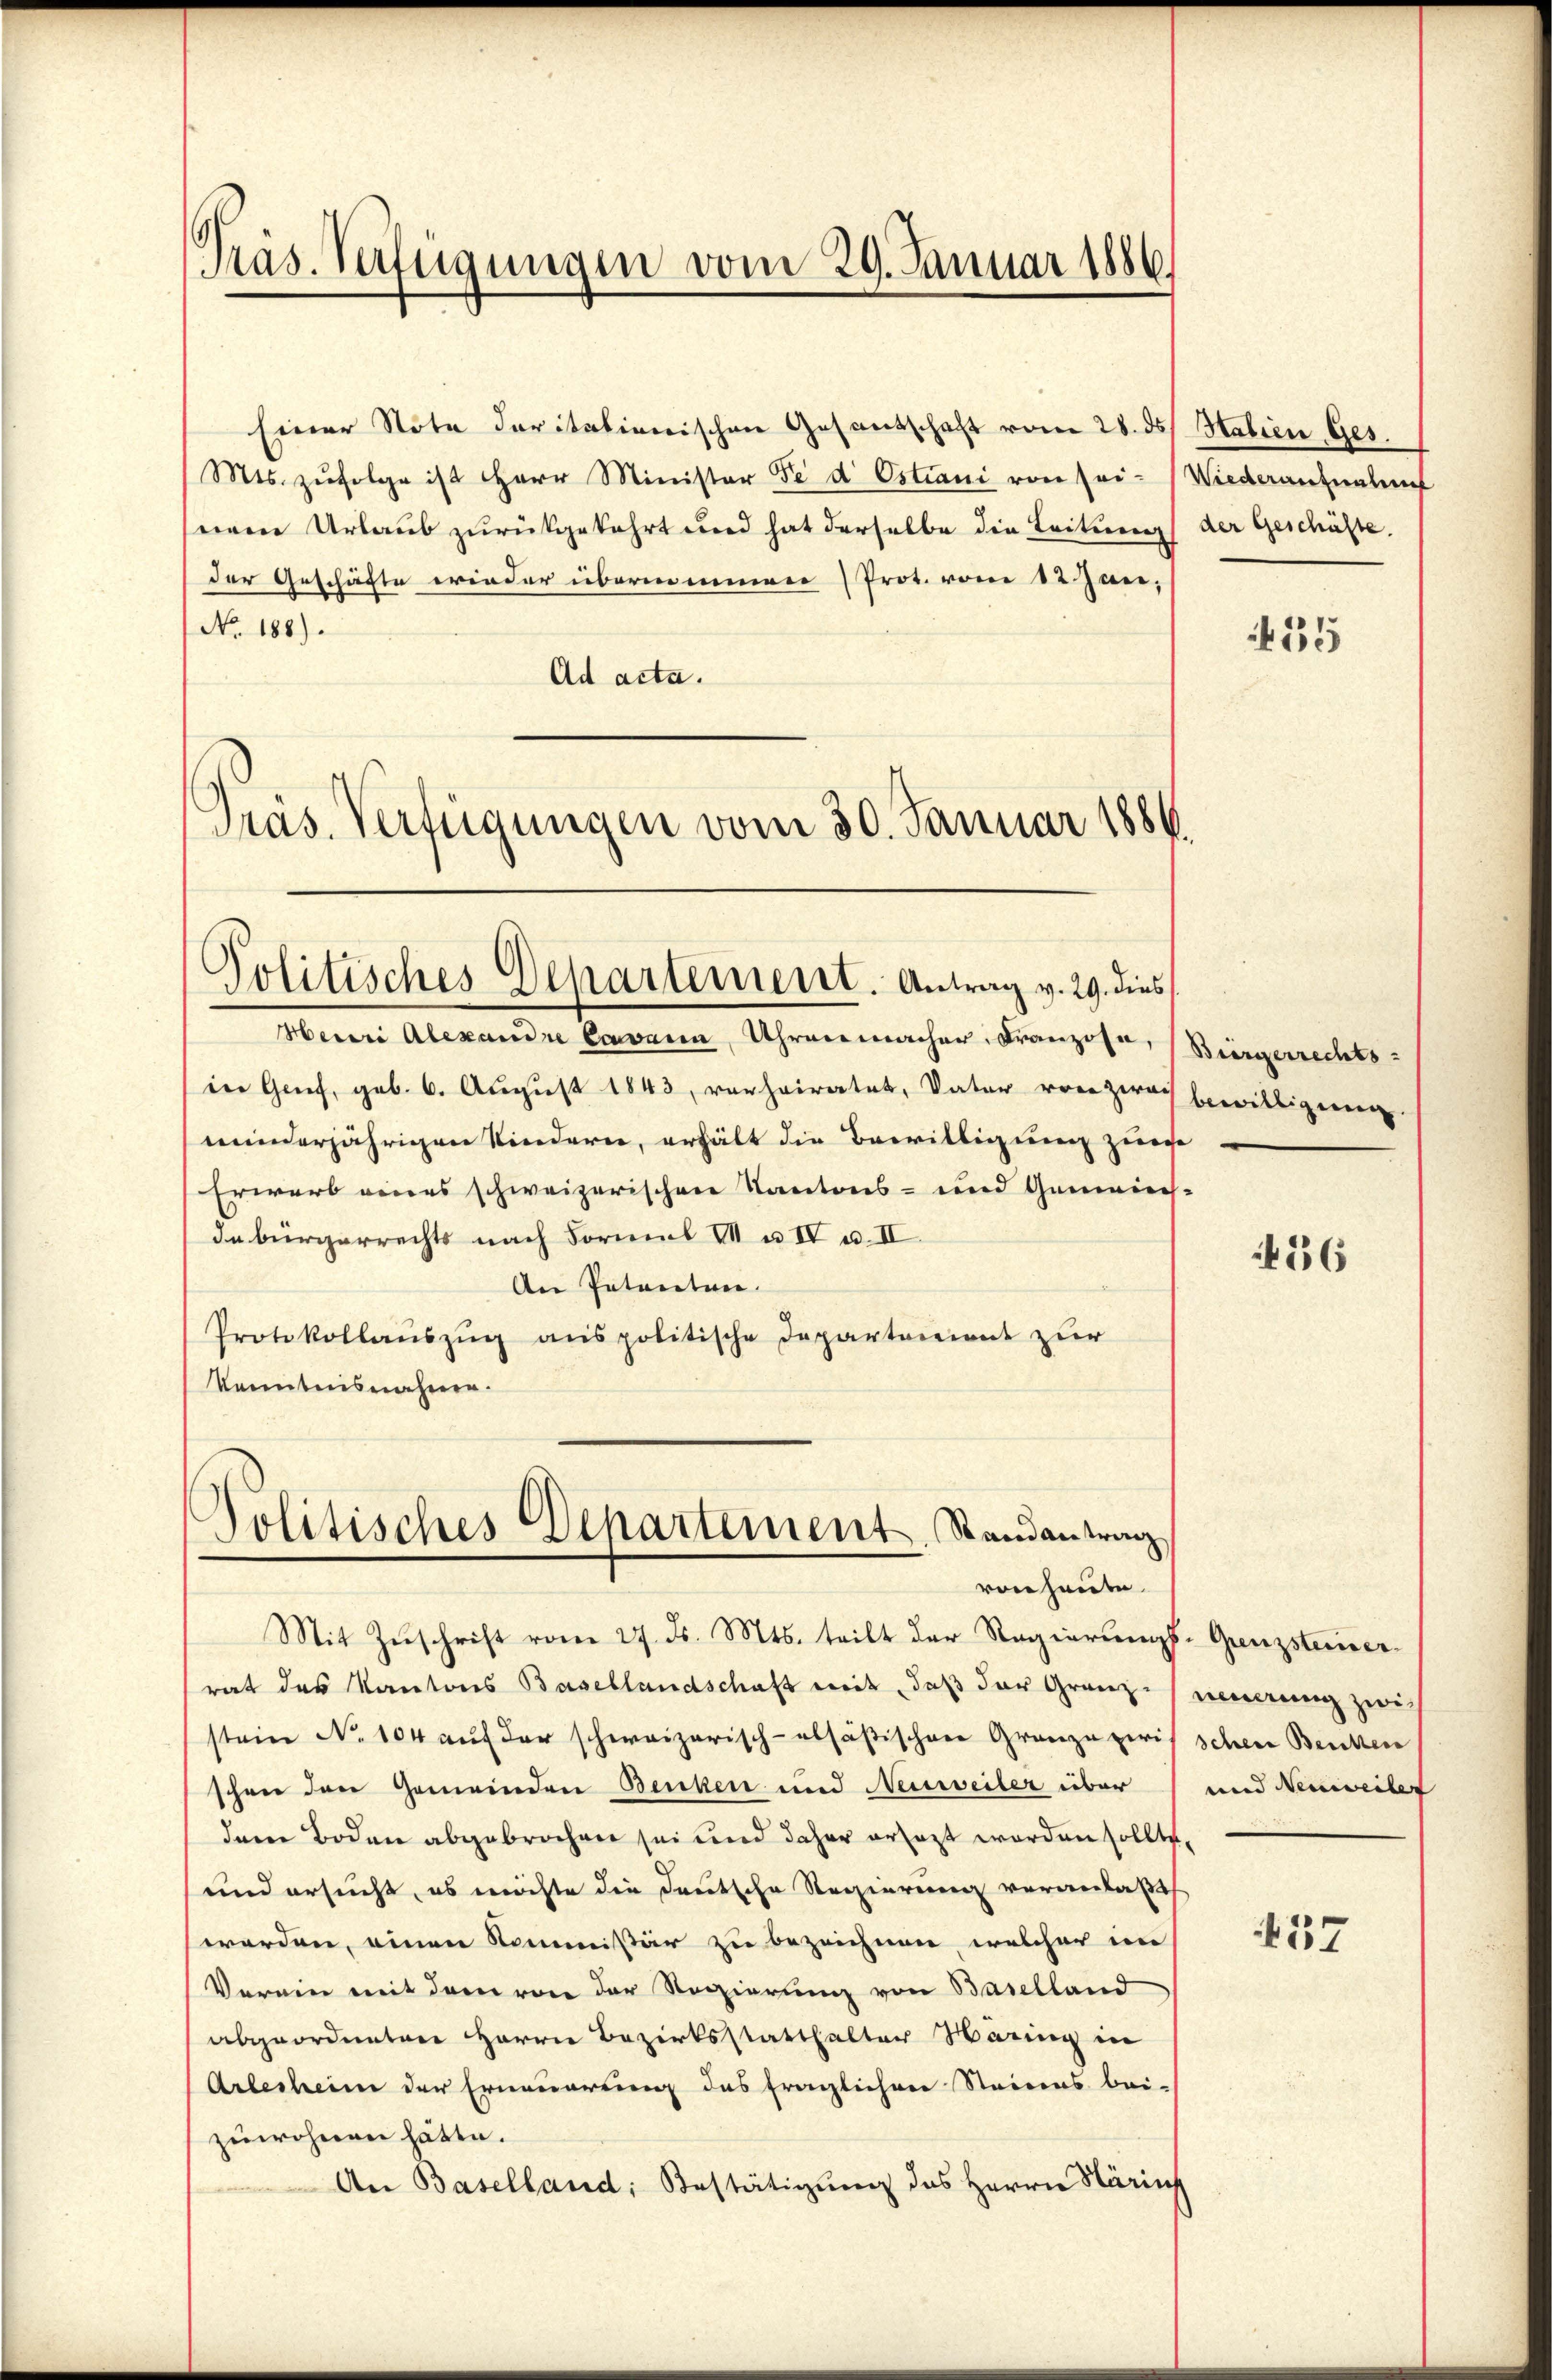
Präs. Verfügungen vom 29. Januar 1886.

Einer Note daritationischen Gesandschaft vom 28. ds. Habien Ges.
Mts. zŭfolge ist Herr Minister Se d Ostiani von sei- Wiederaufnahme
snem Urlaub zurükgekehrt und hat derselbe die Leitung der Geschäfte.
der Geschäfte erinder übernommen (Prot. vom 12 Jan,
No. 188).
Ad acta.
Präs. Verfügungen vom 30. Januar 1886.

Politisches Departement. Antrag v. 29. dies

Politisches Departement. Randantrag
von heute.

Heii Alexandre Cavarn, Uhrenmacher, Franzose, Bürgerrechts-
in Genf, geb. 6. August 1843, verheiratet, Vater von Zwach bewilligenen
minderjährigen Kinderer, erhält die Bewilligung zure
Erwerb weiers schweizerischen Kantons- und Gemeins
debürgerrechts nach Formal VII a IV u. II
An Petenten.
Protokollaŭszŭg anspolitische Departement zur
Kenntnisnahme.

Mit Zuschrift vom 27. d. Mts. teilt der Regierungs-Grenzsteinerrat des Kantons Basellandschaft mit, daß der Granz-innerung zwis
stein No 104 auf der schweizerisch-absäßischen Granze zwischen Benken
schnee der Gemeinden Benken und Neuweiler über
deren Boden abgebrochen sei und daher ersezt worden sollte,
und ersucht, es möchte die deutsche Regierung veranlaßt,
werden, einen Kommißär zu bezeichnen, welcher im
Verein mit dem von der Regierung von Baselland
abgeordneten Herrn Bezirksstatthalter Häring in
Arbesheim der Erneuerung des fraglichen Steines bei-
zuwohnen hätte.
An Baselland, Bestätigung des Herrn Härinf

435

456

unnd Nennweiler

437